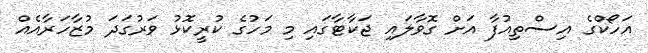
އަހޯކްގެ އިސްތިއުފާ އަށް ގޮވާލައި ޖަކާޓާގައި މި މަހުގެ ކުރީކޮޅު ވަރުގަދަ މުޒާހަރާއެއް